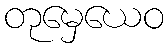
တုမှေယေဝ